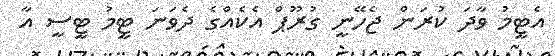
އެޓީމު ވާދަ ކުރަން ޖެހޭނީ ގުރޫޕް އެކެއްގެ ދެވަނަ ޓީމު ޓީސީ އާ